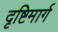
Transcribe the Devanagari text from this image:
दृष्टिमार्ग